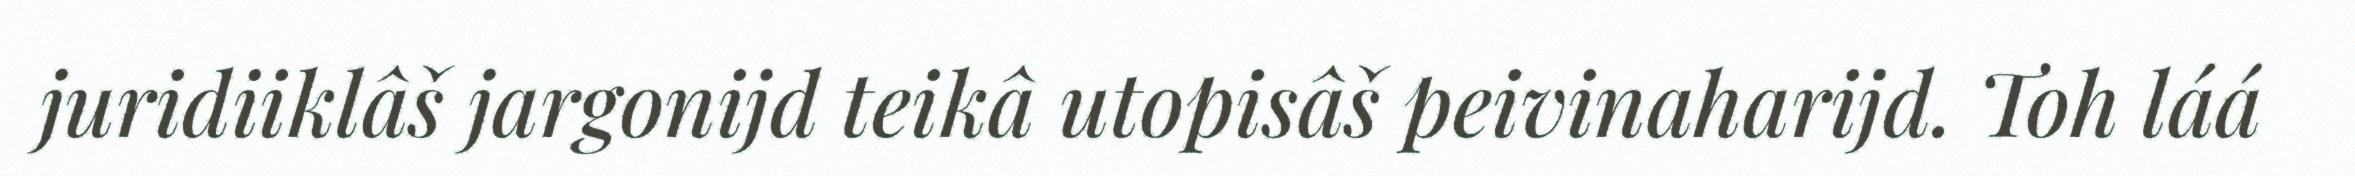
juridiiklâš jargonijd teikâ utopisâš peivinaharijd. Toh láá